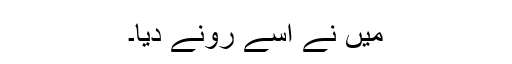
میں نے اسے رونے دیا۔